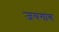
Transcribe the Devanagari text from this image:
जयगांव